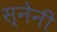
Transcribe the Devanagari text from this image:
स्नेनी